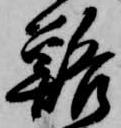
鮥